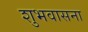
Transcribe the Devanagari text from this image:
शुभवासना